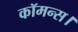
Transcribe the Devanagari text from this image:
कॉमन्स।